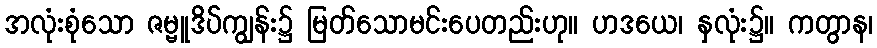
အလုံးစုံသော ဇမ္ဗူဒိပ်ကျွန်း၌ မြတ်သောမင်းပေတည်းဟု။ ဟဒယေ၊ နှလုံး၌။ ကတွာန၊